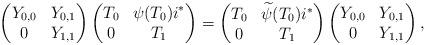
LaTeX: \begin{align*} \begin{pmatrix}Y_{0,0} & Y_{0,1} \\0 & Y_{1,1} \\\end{pmatrix}\begin{pmatrix}T_0 & \psi(T_0)i^* \\0 & T_1 \\\end{pmatrix}=\begin{pmatrix}T_0 & \widetilde{\psi}(T_0) i^* \\0 & T_1 \\\end{pmatrix}\begin{pmatrix}Y_{0,0} & Y_{0,1} \\0 & Y_{1,1} \\\end{pmatrix}, \end{align*}